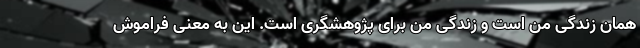
همان زندگی من است و زندگی من برای پژوهشگری است. این به معنی فراموش